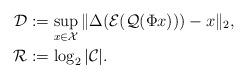
LaTeX: \begin{align*} \mathcal{D}&:=\sup\limits_{x\in\mathcal{X}}\|\Delta(\mathcal{E}(\mathcal{Q}(\Phi x))) -x\|_2,\\\mathcal{R}&:= \log_2|\mathcal{C}|. \end{align*}